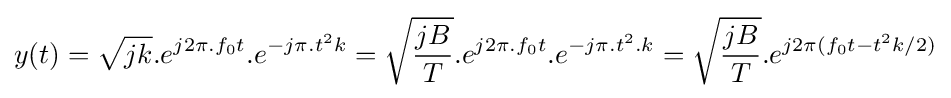
y(t)={\sqrt {jk}}.e^{j2\pi .f_{0}t}.e^{-j\pi .t^{2}k}={\sqrt {\frac {jB}{T}}}.e^{j2\pi .f_{0}t}.e^{-j\pi .t^{2}.k}={\sqrt {\frac {jB}{T}}}.e^{j2\pi (f_{0}t-t^{2}k/2)}